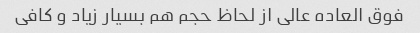
فوق العاده عالی از لحاظ حجم هم بسیار زیاد و کافی